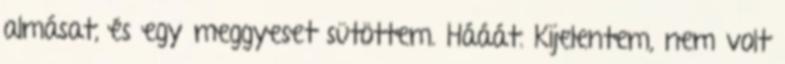
almásat, és egy meggyeset sütöttem. Hááát. Kijelentem, nem volt